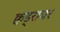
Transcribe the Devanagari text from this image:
क्वड्राचर